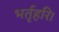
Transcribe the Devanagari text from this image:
भर्तृहरि।